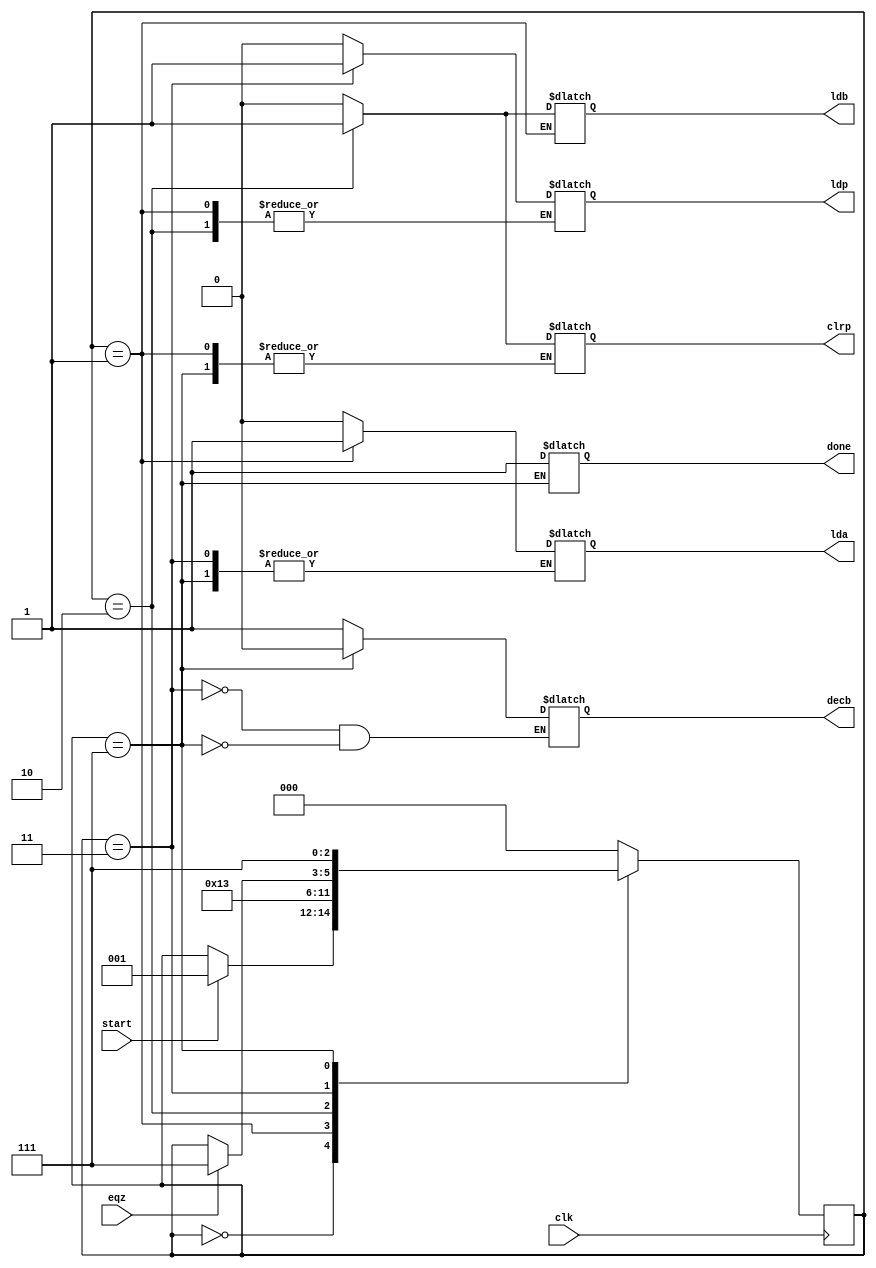
`timescale 1ns / 1ps
//////////////////////////////////////////////////////////////////////////////////
// Company: 
// Engineer: 
// 
// Design Name: 
// Module Name:    controller 
// Project Name: 
// Target Devices: 
// Tool versions: 
// Description: 
//
// Dependencies: 
//
// Revision: 
// Revision 0.01 - File Created
// Additional Comments: 
//
//////////////////////////////////////////////////////////////////////////////////
module controller(lda,ldb,ldp,clrp,decb,done,clk,eqz,start
    );

input clk,eqz,start;
output reg lda,ldb,ldp,clrp,decb,done;

reg [2:0] state;
parameter s0=3'b000, s1=3'b001, s2=3'b010, s3=3'b011, s4=3'b111;

always @(posedge clk)
  begin
   case(state)
	s0 : if (start) state<=s1;
	s1 : state<=s2;
	s2 : state<=s3;
	s3 : #2 if (eqz) state <=s4;
	s4 : state <=s4;
	default : state<=s0;
	endcase
	end
	
always @(state)
  begin
   case(state)  
	s0 : begin #1 lda=0;ldb=0;ldp=0;clrp=0; end
	s1 : begin #1 lda=1; end
	s2 : begin #1 lda=0;ldb=1;clrp=1;end
	s3 : begin #1 ldb=0;ldp=1;clrp=0;decb=1;end
	s4 : begin #1 done=1;ldb=0;ldp=0;decb=0;end
	default : begin #1 lda=0;ldb=0;ldp=0;clrp=0; end
	endcase
	end

endmodule